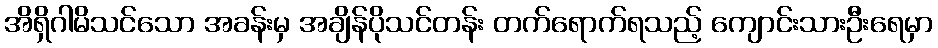
အိရှိဂါမိသင်သော အခန်းမှ အချိန်ပိုသင်တန်း တက်ရောက်ရသည့် ကျောင်းသားဦးရေမှာ